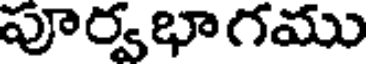
పూర్వభాగము